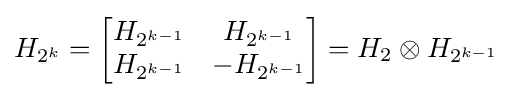
H_{2^{k}}={\begin{bmatrix}H_{2^{k-1}}&H_{2^{k-1}}\\H_{2^{k-1}}&-H_{2^{k-1}}\end{bmatrix}}=H_{2}\otimes H_{2^{k-1}}